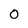
Character: 0